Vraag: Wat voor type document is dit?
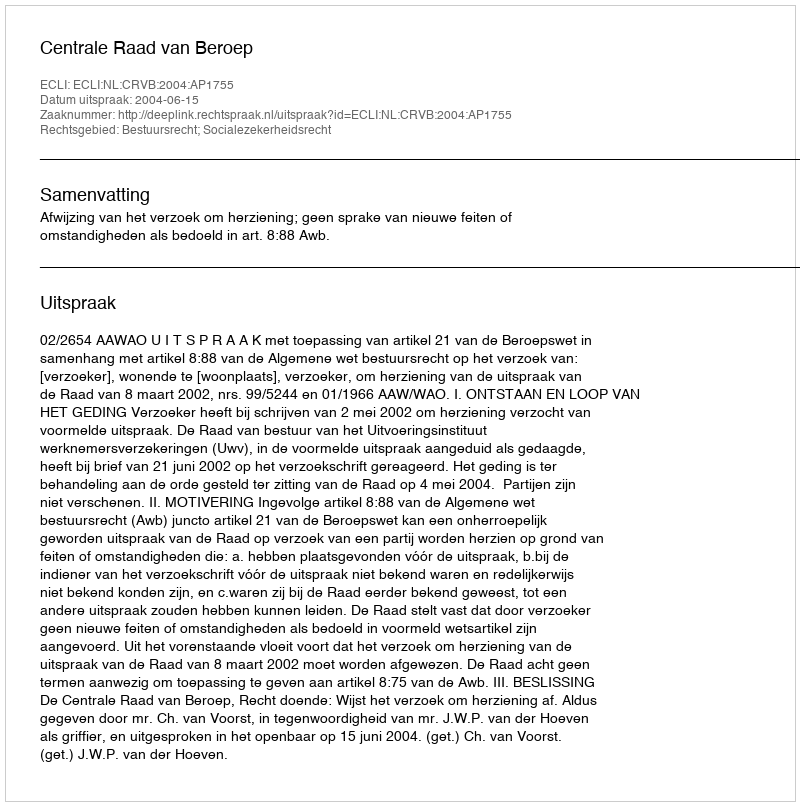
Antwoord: Uitspraak